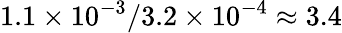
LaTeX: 1.1\times 10^{-3}/3.2\times 10^{-4}\approx 3.4